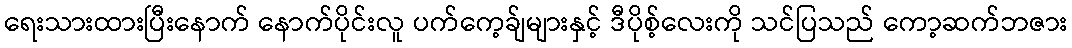
ရေးသားထားပြီးနောက် နောက်ပိုင်းလူ ပက်ကေ့ခ်ျများနှင့် ဒီပိုစ့်လေးကို သင်ပြသည် ကော့ဆက်ဘဇား